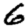
Digit: 6